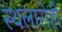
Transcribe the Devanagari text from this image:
स्थलारोही